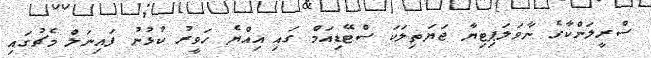
ސްރީލަންކާގެ ނާވަލަޕިޓިޔާ ޖަޔަތިލަކަ ސްޓޭޑިއަމް ގައި އިއްޔެ ހަވީރު ކުޅުނު ފައިނަލް މެޗުގައި